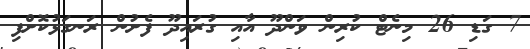
7 ގަޑި 26 މިނެޓް ކުރިން ވަންދޫ އާއި ގުރައިދޫ ފެށުން ރަނގަޅުކޮށްފި